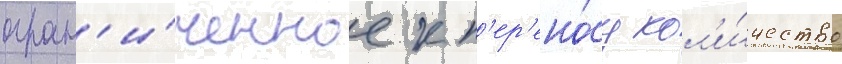
огран'и́ченное к п'ер'ено́су кол'и́чество